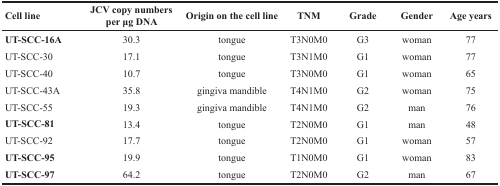
<table><thead><tr><td><b>Cell line</b></td><td><b>JCV copy numbers per μg DNA</b></td><td><b>Origin on the cell line</b></td><td><b>TNM</b></td><td><b>Grade</b></td><td><b>Gender</b></td><td><b>Age years</b></td></tr></thead><tbody><tr><td><b>UT-SCC-16A</b></td><td>30.3</td><td>tongue</td><td>T3N0M0</td><td>G3</td><td>woman</td><td>77</td></tr><tr><td>UT-SCC-30</td><td>17.1</td><td>tongue</td><td>T3N1M0</td><td>G1</td><td>woman</td><td>77</td></tr><tr><td>UT-SCC-40</td><td>10.7</td><td>tongue</td><td>T3N0M0</td><td>G1</td><td>woman</td><td>65</td></tr><tr><td>UT-SCC-43A</td><td>35.8</td><td>gingiva mandible</td><td>T4N1M0</td><td>G2</td><td>woman</td><td>75</td></tr><tr><td>UT-SCC-55</td><td>19.3</td><td>gingiva mandible</td><td>T4N1M0</td><td>G2</td><td>man</td><td>76</td></tr><tr><td><b>UT-SCC-81</b></td><td>13.4</td><td>tongue</td><td>T2N0M0</td><td>G1</td><td>man</td><td>48</td></tr><tr><td>UT-SCC-92</td><td>17.7</td><td>tongue</td><td>T2N0M0</td><td>G1</td><td>woman</td><td>57</td></tr><tr><td><b>UT-SCC-95</b></td><td>19.9</td><td>tongue</td><td>T1N0M0</td><td>G1</td><td>woman</td><td>83</td></tr><tr><td><b>UT-SCC-97</b></td><td>64.2</td><td>tongue</td><td>T2N0M0</td><td>G2</td><td>man</td><td>67</td></tr></tbody></table>